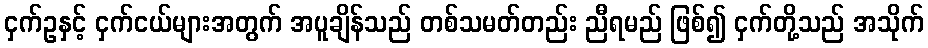
ငှက်ဥနှင့် ငှက်ငယ်များအတွက် အပူချိန်သည် တစ်သမတ်တည်း ညီရမည် ဖြစ်၍ ငှက်တို့သည် အသိုက်